Report on sanitation, dispensaries, and jails in Rajputana for 1911, and on vaccination for the year 1911-1912 - 1911-1912
Year: 1911
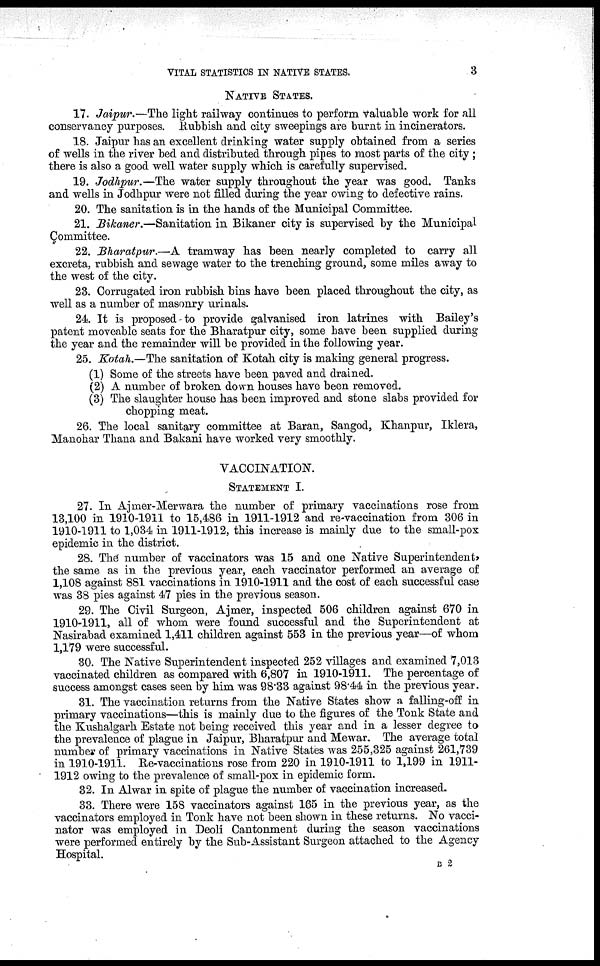
VITAL STATISTICS IN NATIVE STATES,
3
NATIVE STATES.
17. Jaipur.—The light railway continues to perform valuable work for all
conservancy purposes. Rubbish and city sweepings are burnt in incinerators.
18. Jaipur has an excellent drinking water supply obtained from a series
of wells in the river bed and distributed through pipes to most parts of the city ;
there is also a good well water supply which is carefully supervised.
19. Jodhpur.—The water supply throughout the year was good. Tanks
and wells in Jodhpur were not filled during the year owing to defective rains.
20. The sanitation is in the hands of the Municipal Committee.
21. Bikaner.—Sanitation in Bikaner city is supervised by the Municipal
Committee.
22. Bharatpur.—A tramway has been nearly completed to carry all
excreta, rubbish and sewage water to the trenching ground, some miles away to
the west of the city.
23. Corrugated iron rubbish bins have been placed throughout the city, as
well as a number of masonry urinals.
24. It is proposed-to provide galvanised iron latrines with Bailey's
patent moveable seats for the Bharatpur city, some have been supplied during
the year and the remainder will be provided in the following year.
25. Kotah.—The sanitation of Kotah city is making general progress.
(1) Some of the streets have been paved and drained.
(2) A number of broken down houses have been removed.
(3) The slaughter house has been improved and stone slabs provided for
chopping meat.
26. The local sanitary committee at Baran, Sangod, Khanpur, Iklera,
Manohar Thana and Bakani have worked very smoothly.
VACCINATION.
STATEMENT I.
27. In Ajmer-Merwara the number of primary vaccinations rose from
13,100 in 1910-1911 to 15,486 in 1911-1912 and re-vaccination from 306 in
1910-1911 to 1,034 in 1911-1912, this increase is mainly due to the small-pox
epidemic in the district.
28. The number of vaccinators was 15 and one Native Superintendent,
the same as in the previous year, each vaccinator performed an average of
1,108 against 881 vaccinations in 1910-1911 and the cost of each successful case
was 38 pies against 47 pies in the previous season.
29. The Civil Surgeon, Ajmer, inspected 506 children against 670 in
1910-1911, all of whom were found successful and the Superintendent at
Nasirabad examined 1,411 children against 553 in the previous year—of whom
1,179 were successful.
30. The Native Superintendent inspected 252 villages and examined 7,013
vaccinated children as compared with 6,807 in 1910-1911. The percentage of
success amongst cases seen by him was 98.33 against 98.44 in the previous year.
31. The vaccination returns from the Native States show a falling-off in
primary vaccinations—this is mainly due to the figures of the Tonk State and
the Kushalgarh Estate not being received this year and in a lesser degree to
the prevalence of plague in Jaipur, Bharatpur and Mewar. The average total
number of primary vaccinations in Native States was 255,325 against 261,739
in 1910-1911. Re-vaccinations rose from 220 in 1910-1911 to 1,199 in 1911-
1912 owing to the prevalence of small-pox in epidemic form.
32. In Alwar in spite of plague the number of vaccination increased.
33. There were 158 vaccinators against 165 in the previous year, as the
vaccinators employed in Tonk have not been shown in these returns. No vacci-
nator was employed in Deoli Cantonment during the season vaccinations
were performed entirely by the Sub-Assistant Surgeon attached to the Agency
Hospital.
B 2